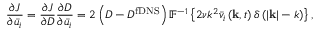
\frac { { \partial J } } { { \partial { { \bar { u } } _ { i } } } } = \frac { { \partial J } } { { \partial { D } } } \frac { { \partial { D } } } { { \partial { { \bar { u } } _ { i } } } } = 2 \left( { { D } - D ^ { \mathrm { { f D N S } } } } \right) { \mathbb { F } ^ { - 1 } } \left\{ 2 \nu { { k ^ { 2 } } { { \bar { v } } _ { i } } \left( { { \bf { k } } , t } \right) \delta \left( { \left| { \bf { k } } \right| - k } \right) } \right\} ,